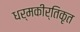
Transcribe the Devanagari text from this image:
धर्मकीर्तिकृत